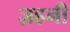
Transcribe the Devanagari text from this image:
ज़हनी